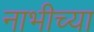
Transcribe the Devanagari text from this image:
नाभीच्या